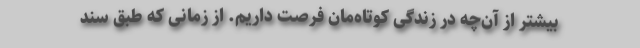
بیشتر از آن‌چه در زندگی کوتاه‌مان فرصت داریم. از زمانی که طبق سند